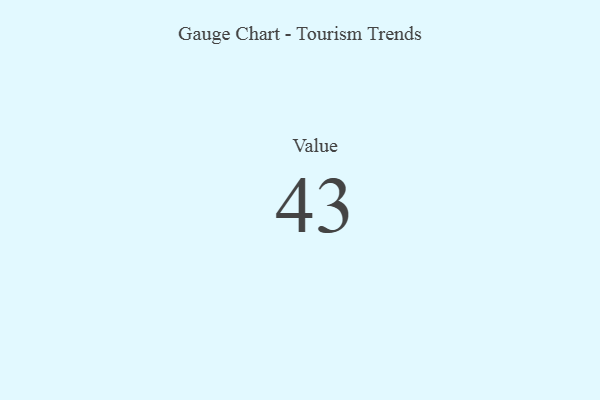
{"axis": {"x": "Metric", "y": "Value"}, "legend": [""], "data": [{"x": "Value", "y": 43, "type": ""}]}